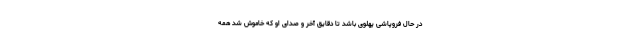
در حال فروپاشیِ پهلوی باشد تا دقایق آخر و صدای او که خاموش شد همه